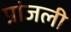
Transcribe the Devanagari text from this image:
प्रांजली